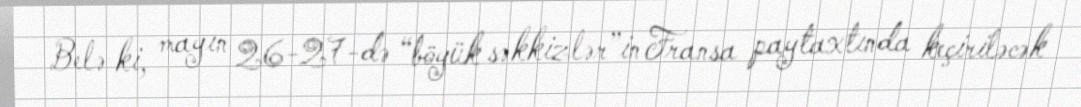
Belə ki, mayın 26-27-də “böyük səkkizlər”in Fransa paytaxtında keçiriləcək